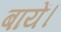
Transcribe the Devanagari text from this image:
बायें।